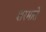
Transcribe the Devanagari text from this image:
शरमाते